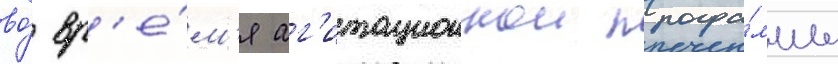
во́ вр'е́м'я аг'итационнои програ́ммы